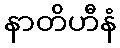
နာတိဟီနံ